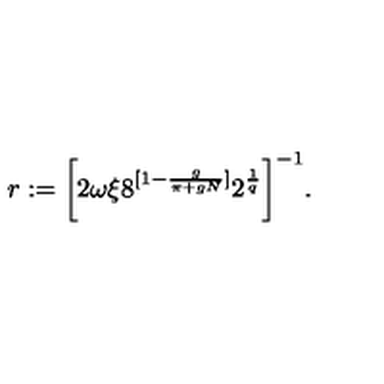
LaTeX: r : = \bigg [ 2 \omega \xi 8 ^ { [ 1 - \frac { g } { \pi + g N } ] } 2 ^ { \frac { 1 } { q } } \bigg ] ^ { - 1 } .